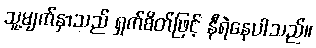
သူ့မျက်နှာသည် ရှက်စိတ်ဖြင့် နီရဲနေပါသည်။